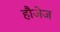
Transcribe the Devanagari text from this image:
हौजेज